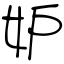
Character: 妒